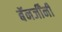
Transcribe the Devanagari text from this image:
बॅनर्जींनी